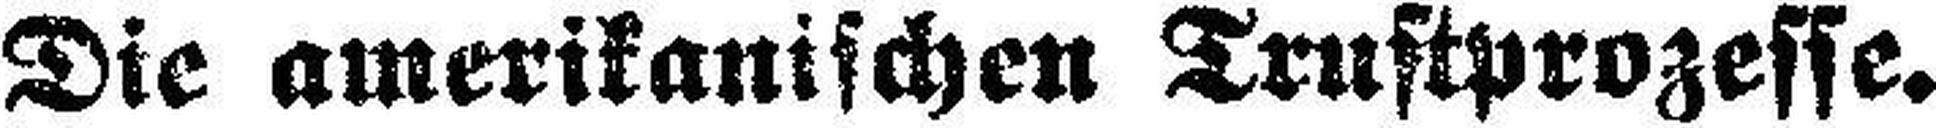
Die amerikanischen Trustprozesse.